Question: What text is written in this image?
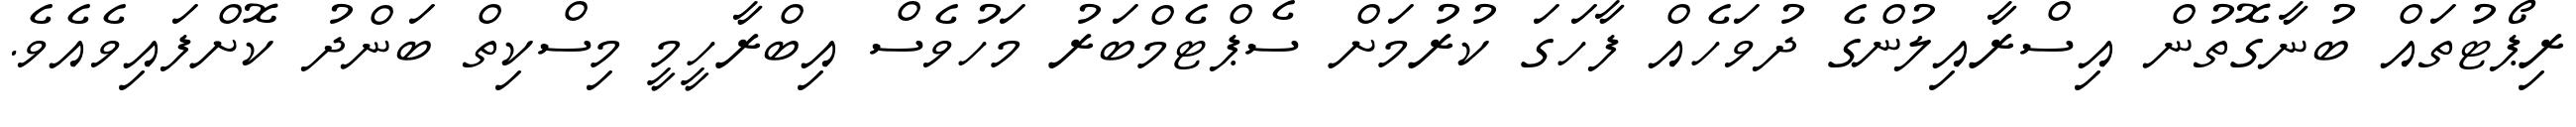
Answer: ރިޕޯޓުތައް ބުނާގޮތުން އިސްރާއިލުންގެ ދުވަހެއް ފާހަގަ ކުރުމަށް ސެޕްޓެމްބަރު މަހުވެސް އިބްރާހީމީ މިސްކިތް ބަންދު ކޮށްފައިވެއެވެ.